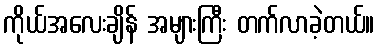
ကိုယ်အလေးချိန် အများကြီး တက်လာခဲ့တယ်။